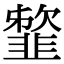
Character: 䪠